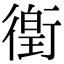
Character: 𫋯